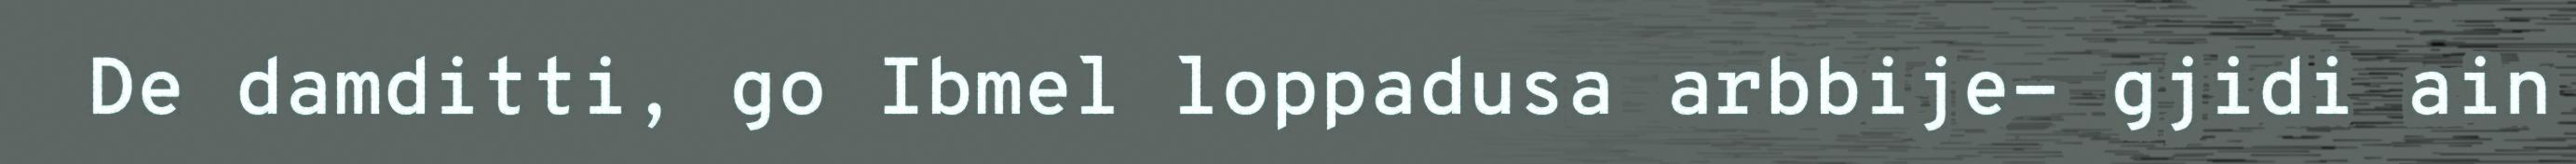
De damditti, go Ibmel loppadusa arbbije- gjidi ain